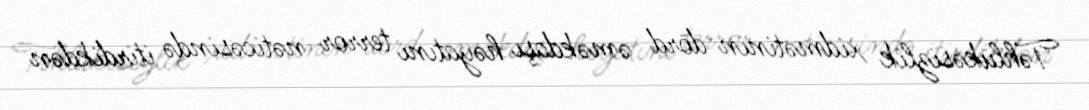
Təhlükəsizlik xidmətinin dörd əməkdaşı həyatını terror nəticəsində itirdikdən